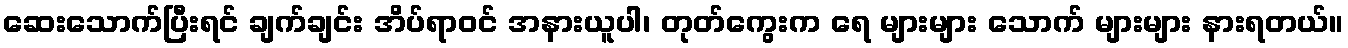
ဆေးသောက်ပြီးရင် ချက်ချင်း အိပ်ရာဝင် အနားယူပါ၊ တုတ်ကွေးက ရေ များများ သောက် များများ နားရတယ်။